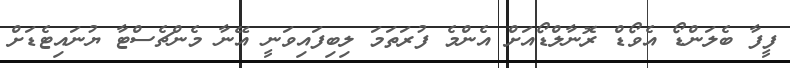
ފީފާ ބެލަންޑޯ އެވޯޑް ރޮނާލްޑޯއަށް އެންމެ ފުރަތަމަ ލިބިފައިވަނީ އޭނާ މެންޗެސްޓާ ޔުނައިޓެޑަށް